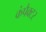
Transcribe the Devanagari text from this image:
कंपैक्टर